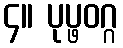
၄။ ပုပ္ဖဝဂ္ဂ